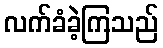
လက်ခံခဲ့ကြသည်